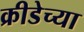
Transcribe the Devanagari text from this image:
क्रीडेच्या